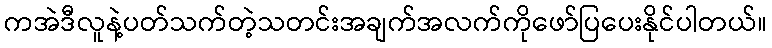
ကအဲဒီလူနဲ့ပတ်သက်တဲ့သတင်းအချက်အလက်ကိုဖော်ပြပေးနိုင်ပါတယ်။